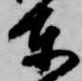
東